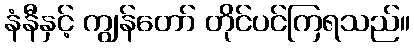
နံနီနှင့် ကျွန်တော် တိုင်ပင်ကြရသည်။